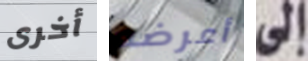
أخرى أعرضه إلى